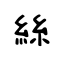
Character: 絲